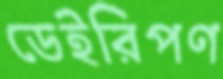
ডেইরিপণ